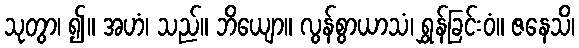
သုတွာ၊ ၍။ အဟံ၊ သည်။ ဘိယျော။ လွန်စွာယာသံ၊ ရွှန်ခြင်းဝံ။ ဇနေသိ၊